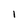
Character: 1